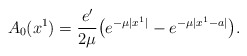
\begin{align*}A_0 (x^1) = {e'\over {2\mu}} \big (e^{-\mu |x^1|} - e^{-\mu|x^1-a|}\big ).\end{align*}